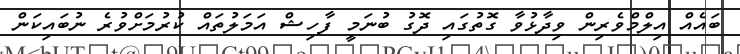
ބައެއް އިލްމްވެރިން ވިދާޅުވާ ގޮތުގައި ދޮގު ބުނަމީ ފާހިޝް އަމަލުތައް ކުރުމަށްވުރެ ނުބައިކަން